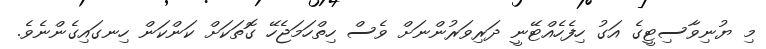
މި ޔުނިވާސިޓީގެ އަގު ހިފެހެއްޓޭނީ ދަރިވަރުންނަށް ވެސް ހިތްހަމަޖެހޭ ގޮތަކަށް ކަންކަން ހިނގައިގެންނެވެ.